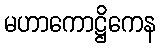
မဟာကောဋ္ဌိကေန